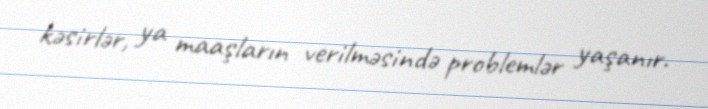
kəsirlər, ya maaşların verilməsində problemlər yaşanır.